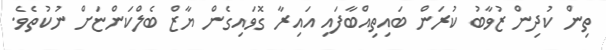
ތިން ކުދިން ޒުވާބު ކުރަން ބައިތިއްބާފައި އައިރާ ގޮވައިގެން ޔާޒް ބެލްކަންޏަށް ނުކުތެވެ.